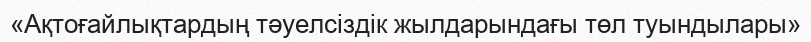
«Ақтоғайлықтардың тәуелсіздік жылдарындағы төл туындылары»